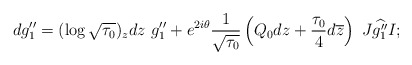
\begin{align*}dg_1''=(\log\sqrt{\tau_0})_zdz\ g''_1+e^{2i\theta}\frac{1}{\sqrt{\tau_0}}\left(Q_0dz+\frac{\tau_0}{4}d\overline{z}\right)\ J\widehat{g_1''}I;\end{align*}